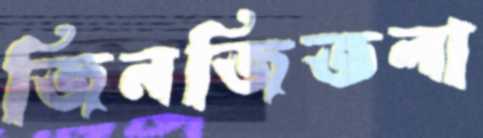
জিনজিতলা